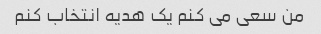
من سعی می کنم یک هدیه انتخاب کنم